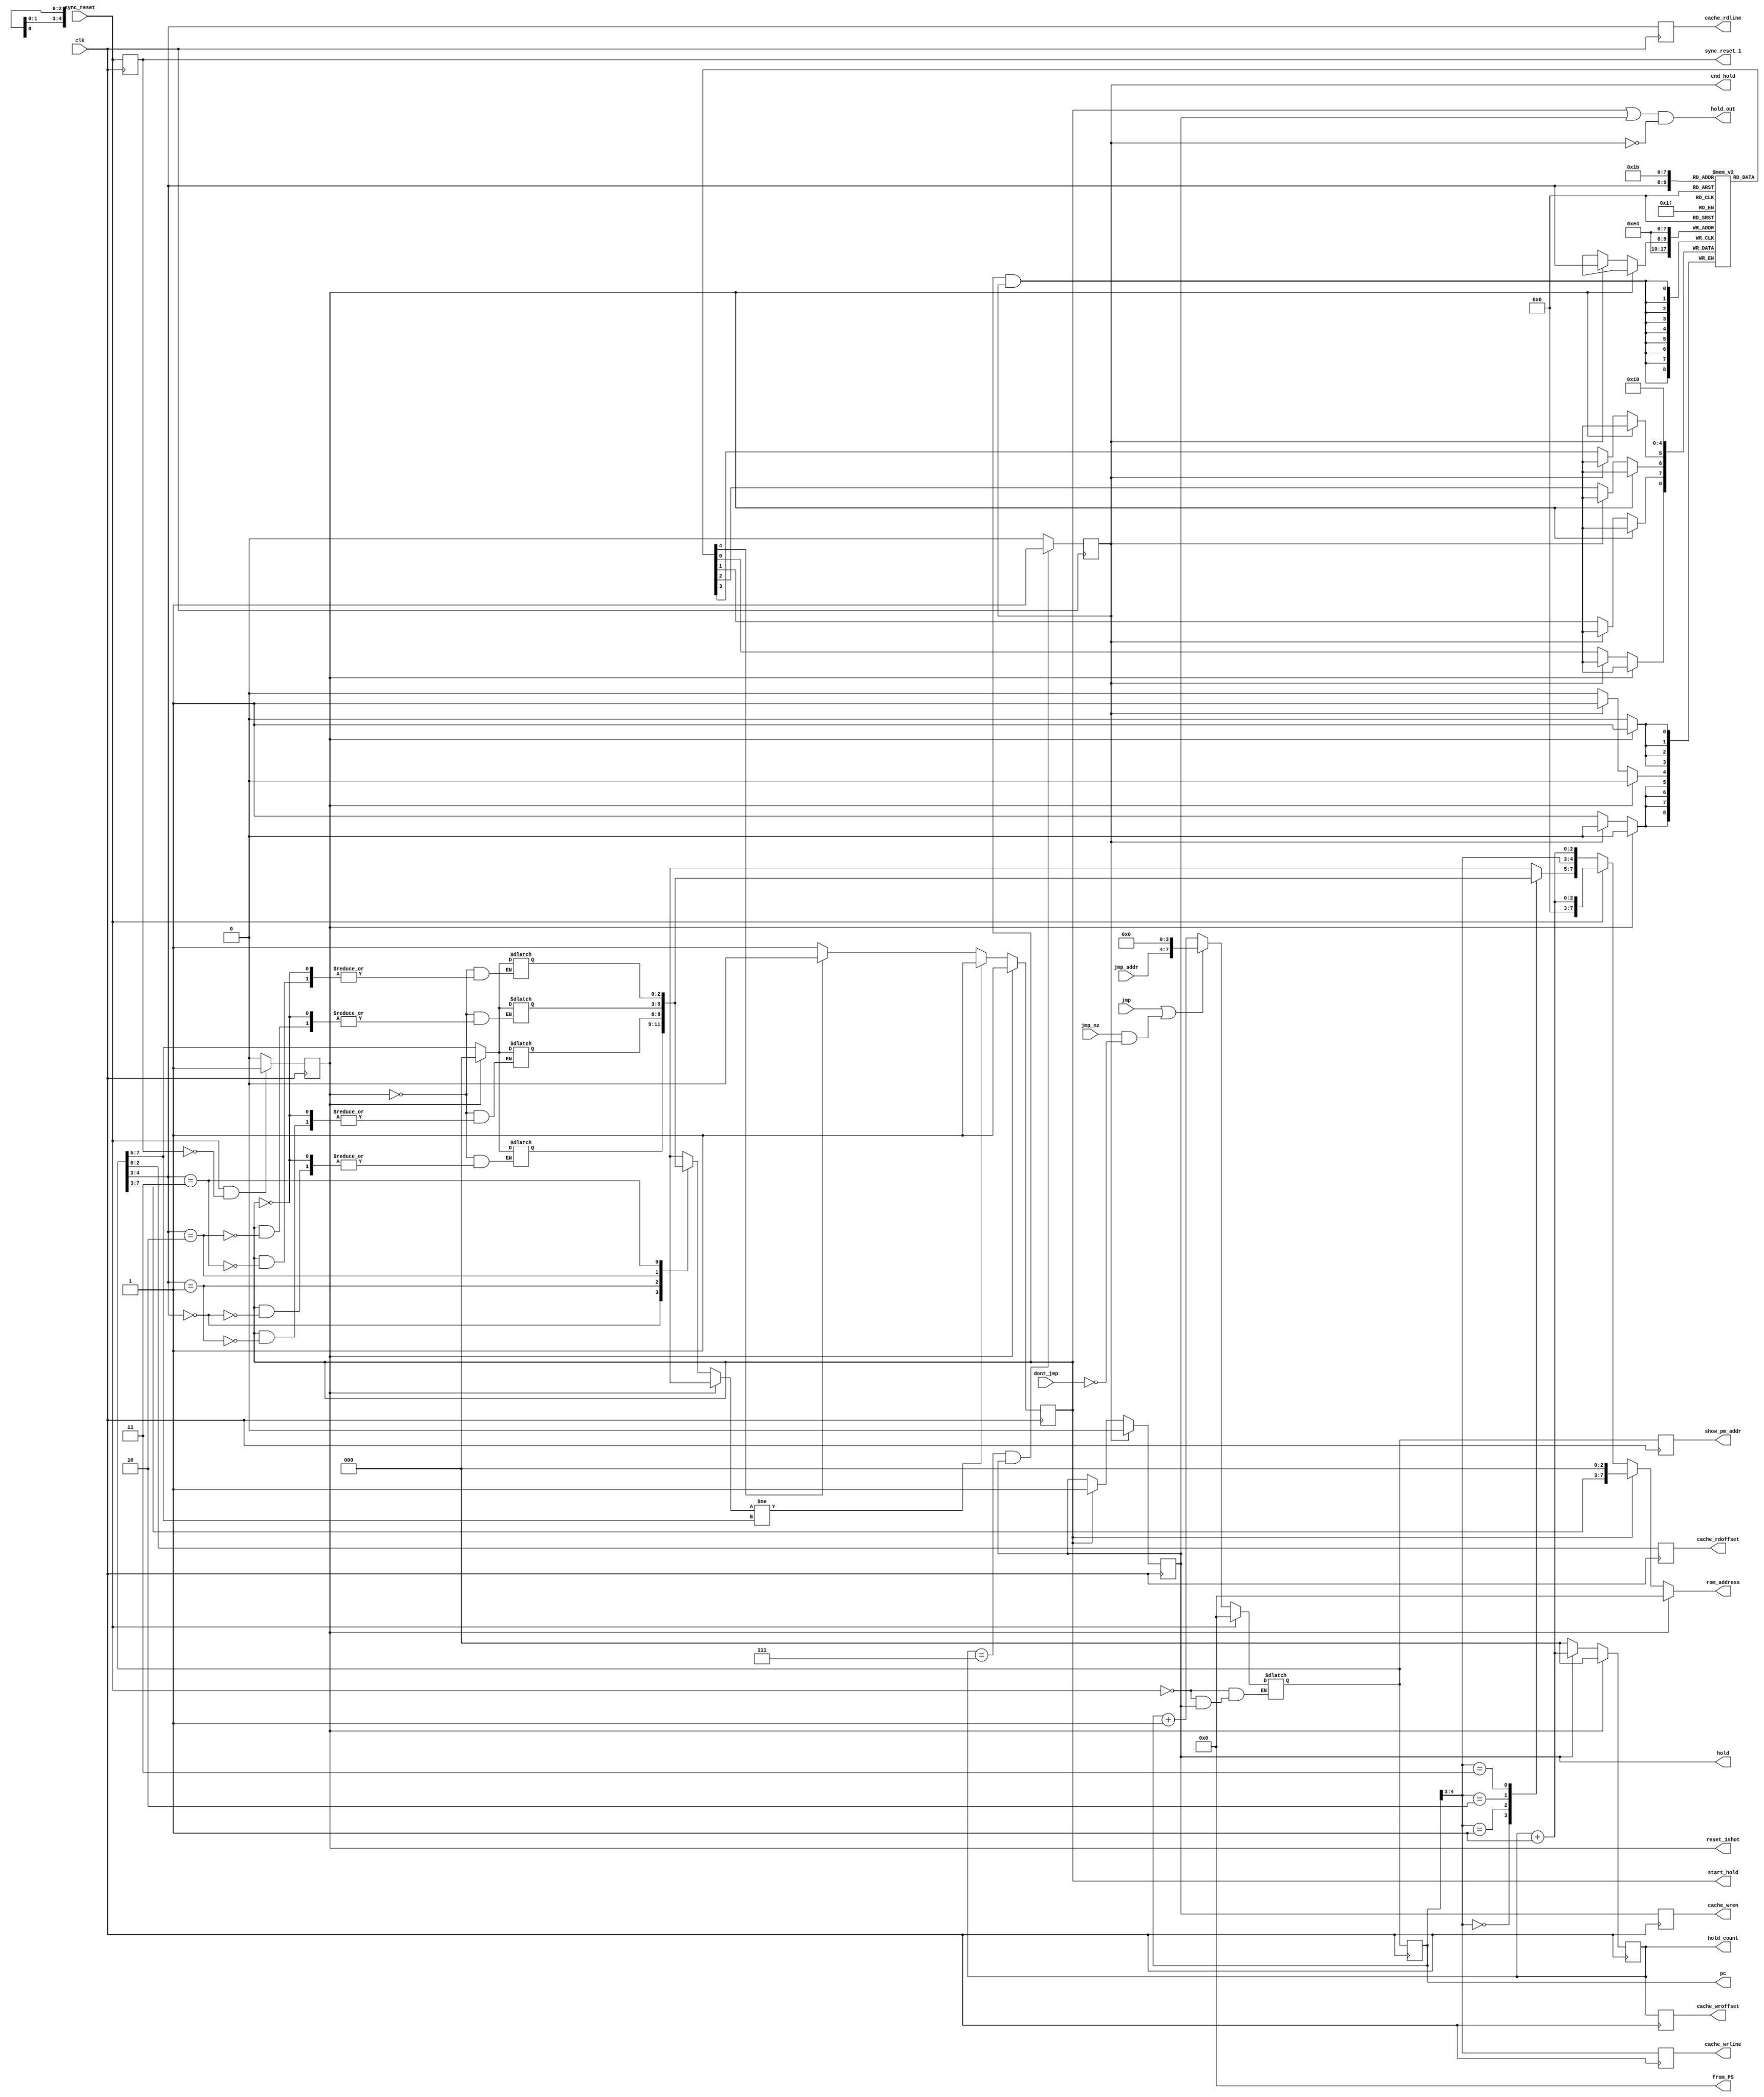
module program_sequencer(
	input clk,
	input sync_reset,
	input [3:0] jmp_addr,
	input jmp,
	input jmp_nz,
	input dont_jmp,
	output wire [7:0] from_PS,
	output reg [7:0] pc,
	output wire hold_out,

	output reg [2:0] cache_wroffset,
	output reg [2:0] cache_rdoffset,
	output reg [1:0] cache_wrline,
	output reg [1:0] cache_rdline,
	output reg cache_wren,
	output reg [7:0] rom_address,

	output reg start_hold,
	output reg end_hold,
	output reg hold,
	output reg [2:0] hold_count,
	output reg sync_reset_1,
	output reg reset_1shot,
	
	output reg [7:0] show_pm_addr
);
reg [2:0] tagID [3:0]; //an array of 4 3-bit tagID's
reg valid [3:0]; //an array of 4 1-bit valid bits
reg [7:0] pm_addr;
//------------------------------Assignments---------------------------------
assign from_PS = 8'H00;

always@(posedge clk) begin
 show_pm_addr <= pm_addr;
end
//assign from_PS = pc;

//---------------------------Sync_reset_1 Logic-----------------------------
always@(posedge clk)
	sync_reset_1 <= sync_reset;

//---------------------------reset_1shot Logic------------------------------
always@(posedge clk) begin
	if (sync_reset && !sync_reset_1)
		reset_1shot <= 1'b1;
	else
		reset_1shot <= 1'b0;
end

//------------------------------TagID logic---------------------------------
integer i;

always @(start_hold & end_hold) begin
	if (reset_1shot) begin
		for (i = 0; i < 4; i = i + 1) begin
			tagID[i] <= 3'd0;
		end
	end else if (start_hold) begin
		tagID[pm_addr[4:3]] <= pm_addr[7:5];
	end else begin
		for (i = 0; i < 4; i = i + 1) begin
			tagID[i] <= tagID[i];
		end
	end

end

//----------------------------Valid Logic-----------------------------------
integer ii;

always @(posedge start_hold & end_hold) begin
	if (reset_1shot) begin
		for (ii = 0; ii < 4; ii = ii + 1) begin
			valid[ii] <= 1'd0;
		end
	end else if (end_hold) begin
			valid[pm_addr[4:3]] <= 1'b1;
	end else begin
		for (ii = 0; ii < 4; ii = ii + 1) begin
			valid[ii] <= valid[ii];
		end
	end

end

//-----------------------------Cache Logic----------------------------------
always@(posedge clk) begin
	 cache_wroffset <= hold_count;
	 cache_rdoffset <= pm_addr[2:0];
	 cache_wrline <= pc[4:3];
	 cache_rdline <= pm_addr[4:3];
	 cache_wren <= hold;
end

//----------------------------Start_Hold Logic-------------------------------
always@(posedge clk) begin
	if (reset_1shot)
		start_hold <= 1'b1;
	else if (tagID[pm_addr[4:3]] != pm_addr[7:5])
		start_hold <= 1'b1;
	else if (valid[pm_addr[4:3]] == 1'b0)
		start_hold <= 1'b1;
	else
		start_hold <= 1'b0;
end


//-------------------------------Hold Logic----------------------------------
always@(posedge clk) begin
	if (end_hold)
		hold <= 0;
	else if (start_hold)
		hold <= 1;
	else
		hold <= hold;
end


//-----------------------------Hold_count Logic----------------------------
always@(posedge clk) begin
	if (reset_1shot)
		hold_count <= 3'd0;
	else if(hold)
		hold_count <= hold_count + 3'd1;
	else
		hold_count <= 3'd0;
end

//-------------------------------end_hold Logic----------------------------
always@(posedge clk) begin
	if((hold_count == 3'd7) && (hold == 1'b1))
		end_hold <= 1'b1;
	else
		end_hold <= 1'b0;
end

//----------------------------Hold_out Logic------------------------------------
assign hold_out = ((start_hold | hold) & !(end_hold));

//----------------------------ROM Address Logic---------------------------------
always@(*) begin
	if(reset_1shot)
		rom_address = 8'd0;
	else if (start_hold)
		rom_address = {pm_addr[7:3], 3'd0};
	else if (sync_reset)
		rom_address = {5'd0, hold_count + 3'd1};
	else
		rom_address = {tagID[pc[4:3]], pc[4:3], hold_count + 3'd1};
end
//----------------------------PM Address Logic----------------------------------
always @ (*) begin
	if (sync_reset == 1'b1)
		pm_addr = 8'H00;
	else if (hold) 
		pm_addr <= pm_addr;
	else if ((jmp == 1'b1) || ((jmp_nz == 1'b1) && (dont_jmp == 1'b0)))
		pm_addr = {jmp_addr, 4'H0};
	else
		pm_addr = pc + 8'H01;
end

always @(posedge clk)
	pc <= pm_addr;


endmodule